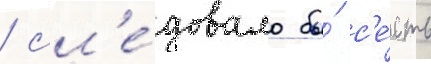
/ сл'е́довало бы́ с'е́сть